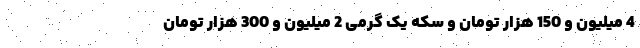
4 میلیون و 150 هزار تومان و سکه یک گرمی 2 میلیون و 300 هزار تومان